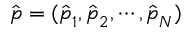
\hat { \b { p } } = ( \hat { \b { p } } _ { 1 } , \hat { \b { p } } _ { 2 } , \cdots , \hat { \b { p } } _ { N } )